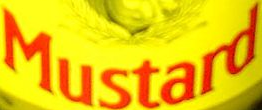
Mustard